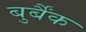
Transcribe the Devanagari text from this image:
बुर्बैंक